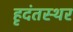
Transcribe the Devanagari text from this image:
हृदंतस्थर